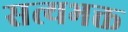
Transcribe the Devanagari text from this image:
सत्यभक्त